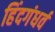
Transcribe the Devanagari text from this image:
हिंदगंधर्व